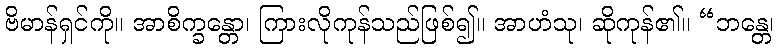
ဗိမာန်ရှင်ကို။ အာစိက္ခန္တော၊ ကြားလိုကုန်သည်ဖြစ်၍။ အာဟံသု၊ ဆိုကုန်၏။ “ဘန္တေ၊